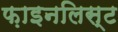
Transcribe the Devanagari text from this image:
फ़ाइनलिस्ट